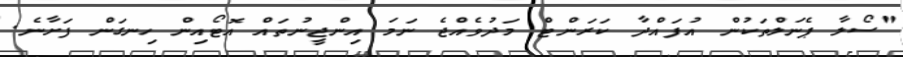
"ސޯލާ ޕެނަލްތަކުން އުފައްދާ ކަރަންޓް މަދުވެއްޖެ ނަމަ އިންޖީނުތައް އޮޓޯއިން ހިނގަން ފަށާނެ.